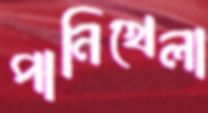
পানিখেলা